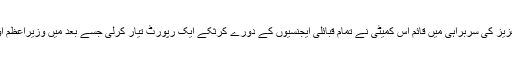
وزیر خارجہ کے مشیر سرتاج عزیز کی سربراہی میں قائم اس کمیٹی نے تمام قبائلی ایجنسیوں کے دورے کرثکے ایک رپورٹ تیار کرلی جسے بعد میں وزیراعظم اور قومی اسمبلی میں پیش کیا گیا۔